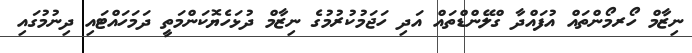
ނިޒާމް ހޯރމޯންތައް އުފައްދާ ގްލޭންޑްތައް އަދި ހަޖަމުކުރުމުގެ ނިޒާމް ދުޅަހެޔޮކަންމަތީ ދަމަހައްޓައި ދިނުމުގައި